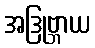
အဒြုဗ္ဘာယ